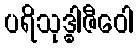
ပရိသုဒ္ဓါဇီဝေါ